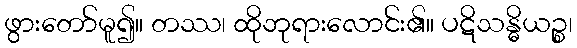
ဖွားတော်မူ၍။ တဿ၊ ထိုဘုရားလောင်း၏။ ပဋိသန္ဓိယဉ္စ၊